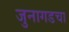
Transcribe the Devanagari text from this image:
जुनागडचा